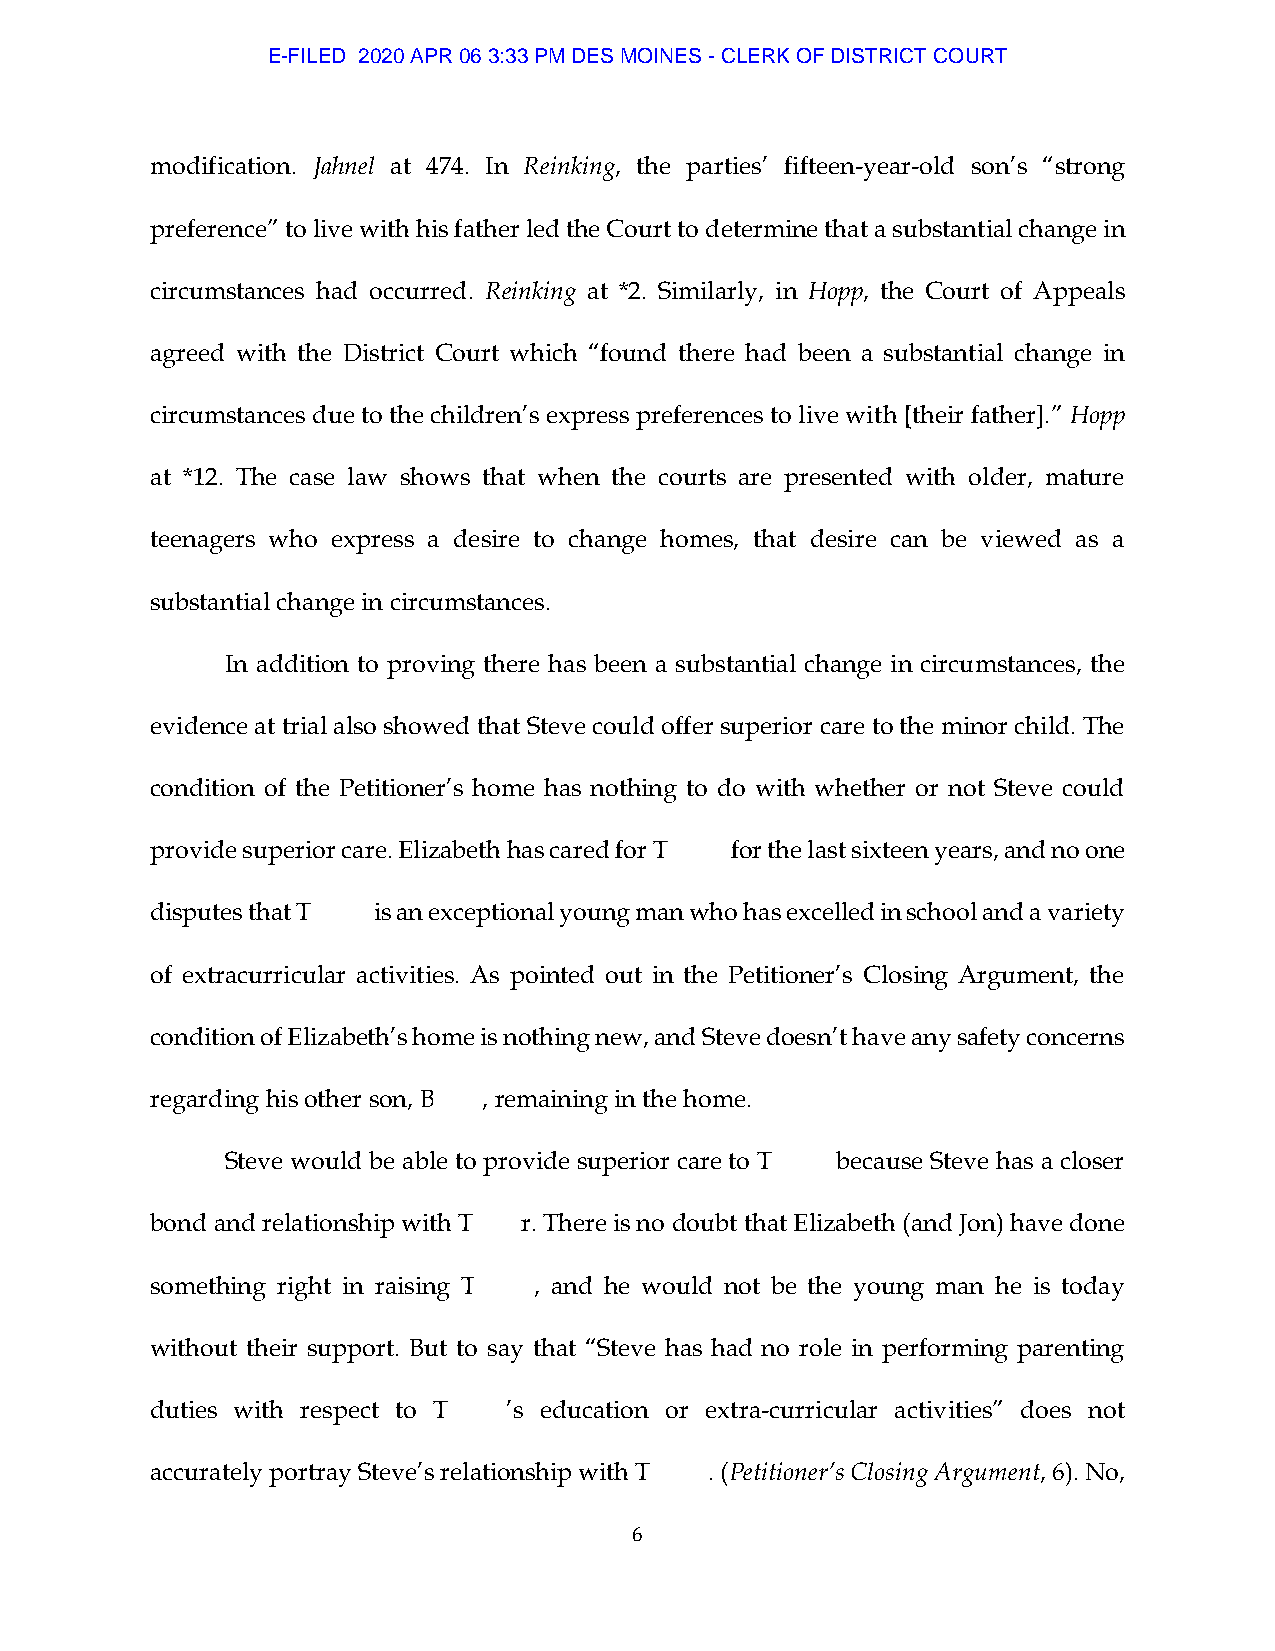
E-FILED 2020 APR 06 3:33 PM DES MOINES - CLERK OF DISTRICT COURT
 modification. Jahnel at 474. In Reinking, the parties’ fifteen-year-old son’s “strong
 preference” to live with his father led the Court to determine that a substantial change in
 circumstances had occurred. Reinking at *2. Similarly, in Hopp, the Court of Appeals
 agreed with the District Court which “found there had been a substantial change in
 circumstances due to the children’s express preferences to live with [their father].” Hopp
 at *12. The case law shows that when the courts are presented with older, mature
 teenagers who express a desire to change homes, that desire can be viewed as a
 substantial change in circumstances.
 In addition to proving there has been a substantial change in circumstances, the
 evidence at trial also showed that Steve could offer superior care to the minor child. The
 condition of the Petitioner’s home has nothing to do with whether or not Steve could
 provide superior care. Elizabeth has cared for T for the last sixteen years, and no one
 disputes that T is an exceptional young man who has excelled in school and a variety
 of extracurricular activities. As pointed out in the Petitioner’s Closing Argument, the
 condition of Elizabeth’s home is nothing new, and Steve doesn’t have any safety concerns
 regarding his other son, B , remaining in the home.
 Steve would be able to provide superior care to T because Steve has a closer
 bond and relationship with T r. There is no doubt that Elizabeth (and Jon) have done
 something right in raising T , and he would not be the young man he is today
 without their support. But to say that “Steve has had no role in performing parenting
 duties with respect to T ’s education or extra-curricular activities” does not
 accurately portray Steve’s relationship with T . (Petitioner’s Closing Argument, 6). No,
 6